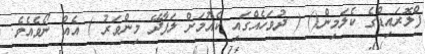
ފްލޮރައިޑްގެ ކެލަމިން() ( ދުވަހެއްގައި ކެއުމަށް ލަފާދޭ މިންވަރު ) އެއް ނޯވެއެވެ.